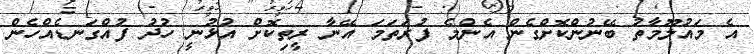
އެ މައުލޫމާތު ބޭނުންކޮށްގެން އެންމެ ފުރަތަމަ އޭނާ ރީތިކޮށް އުޅުނީ ހުދު ފުއްގަނޑެއްހެން